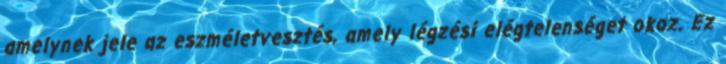
amelynek jele az eszméletvesztés, amely légzési elégtelenséget okoz. Ez